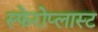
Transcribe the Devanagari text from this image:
स्फेरोप्लास्ट